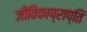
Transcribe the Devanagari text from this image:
जीविकाप्राप्ति